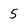
Character: 5